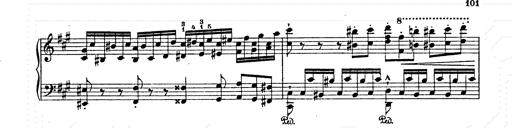
Title: AnnÃ©es de pÃ¨lerinage II
Composer: Franz Liszt